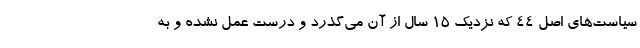
سیاست‌های اصل ۴۴ که نزدیک ۱۵ سال از آن می‌گذرد و درست عمل نشده و به